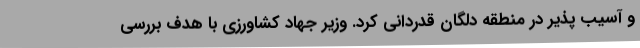
و آسیب پذیر در منطقه دلگان قدردانی کرد. وزیر جهاد کشاورزی با هدف بررسی